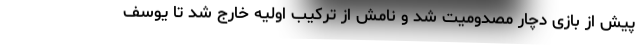
پیش از بازی دچار مصدومیت شد و نامش از ترکیب اولیه خارج شد تا یوسف